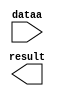
module lpm_add_sub_kal (
	dataa,
	result);

	input	[15:0]  dataa;
	output	[15:0]  result;

endmodule